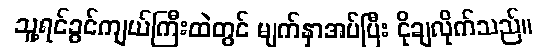
သူ့ရင်ခွင်ကျယ်ကြီးထဲတွင် မျက်နှာအပ်ပြီး ငိုချလိုက်သည်။